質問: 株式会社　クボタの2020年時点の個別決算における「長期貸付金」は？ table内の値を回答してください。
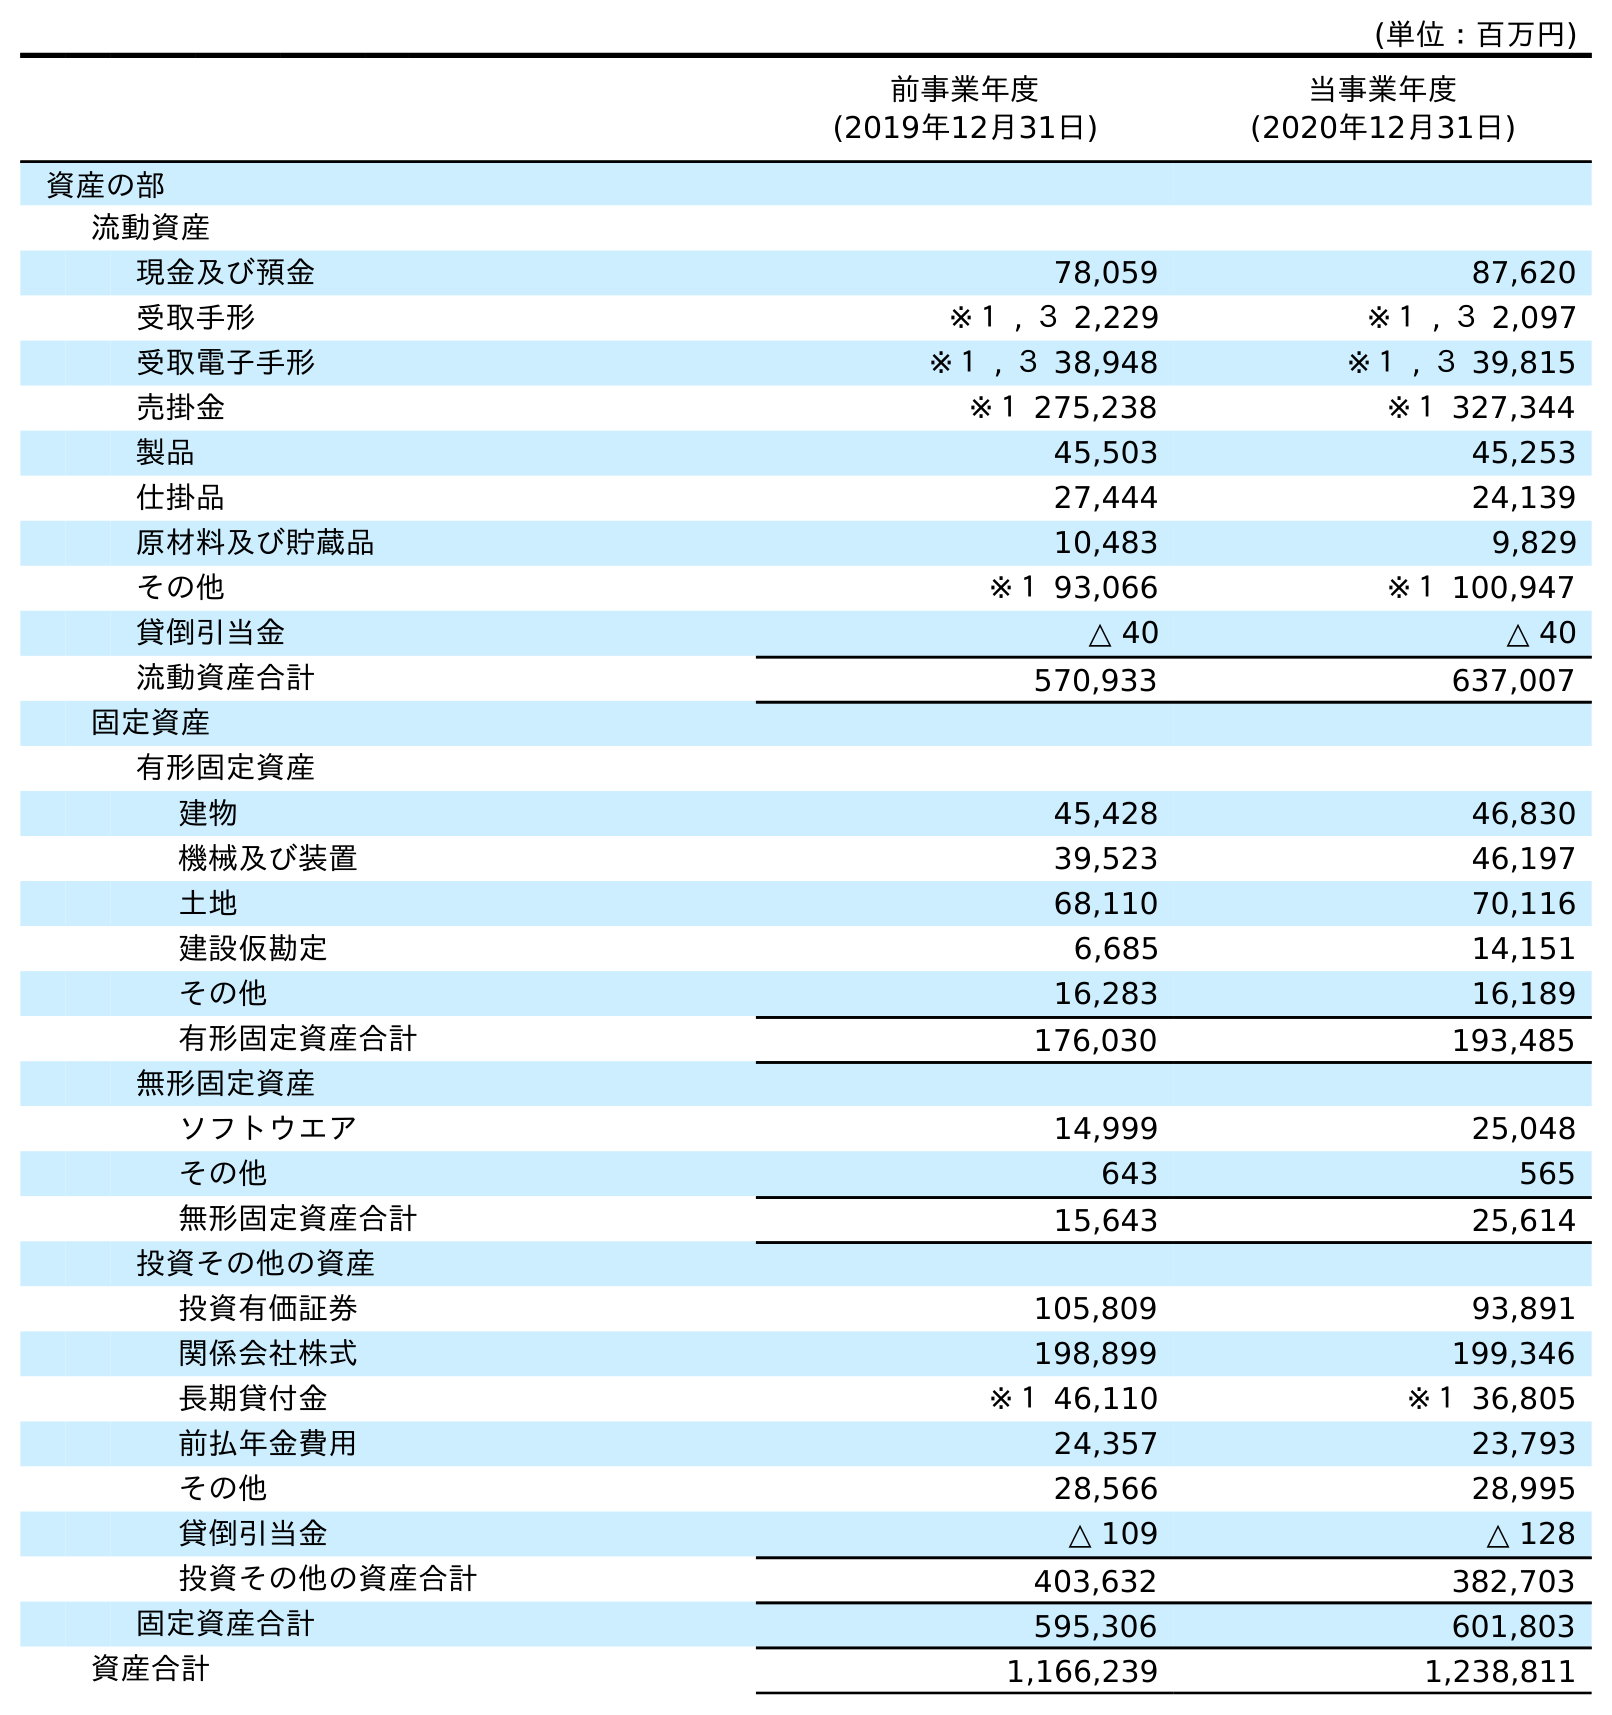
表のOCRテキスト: (単位：百万円) 前事業年度 (2019年12月31日) 当事業年度 (2020年12月31日) 資産の部 流動資産 現金及び預金 78,059 87,620 受取手形 ※１ , ３ 2,229 ※１ , ３ 2,097 受取電子手形 ※１ , ３ 38,948 ※１ , ３ 39,815 売掛金 ※１ 275,238 ※１ 327,344 製品 45,503 45,253 仕掛品 27,444 24,139 原材料及び貯蔵品 10,483 9,829 その他 ※１ 93,066 ※１ 100,947 貸倒引当金 △ 40 △ 40 流動資産合計 570,933 637,007 固定資産 有形固定資産 建物 45,428 46,830 機械及び装置 39,523 46,197 土地 68,110 70,116 建設仮勘定 6,685 14,151 その他 16,283 16,189 有形固定資産合計 176,030 193,485 無形固定資産 ソフトウエア 14,999 25,048 その他 643 565 無形固定資産合計 15,643 25,614 投資その他の資産 投資有価証券 105,809 93,891 関係会社株式 198,899 199,346 長期貸付金 ※１ 46,110 ※１ 36,805 前払年金費用 24,357 23,793 その他 28,566 28,995 貸倒引当金 △ 109 △ 128 投資その他の資産合計 403,632 382,703 固定資産合計 595,306 601,803 資産合計 1,166,239 1,238,811
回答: ※１36,805